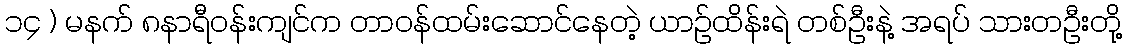
၁၄ ) မနက် ၈နာရီဝန်းကျင်က တာဝန်ထမ်းဆောင်နေတဲ့ ယာဉ်ထိန်းရဲ တစ်ဦးနဲ့ အရပ် သားတဦးတို့